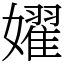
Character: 嬥